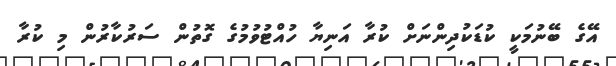
އޭގެ ބޭނުމަކީ ކުޑަކުދިންނަށް ކުރާ އަނިޔާ ހުއްޓުވުމުގެ ގޮތުން ސަރުކާރުން މި ކުރާ